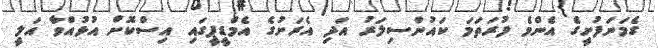
ގެމަނަފުށީގެ އެންމެ ފުރަތަމަ ކައުންސިލަރު އަދި އެރަށުގެ އެމްޑީޕީގައި އިސްކޮށް އުޅުއްވާ އަލީ